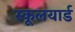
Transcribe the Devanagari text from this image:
स्कूलयार्ड